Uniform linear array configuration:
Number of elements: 32
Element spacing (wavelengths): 1
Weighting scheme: exponential
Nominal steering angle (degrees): -45
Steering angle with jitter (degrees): -43.082
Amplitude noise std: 0.05
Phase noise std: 0.05

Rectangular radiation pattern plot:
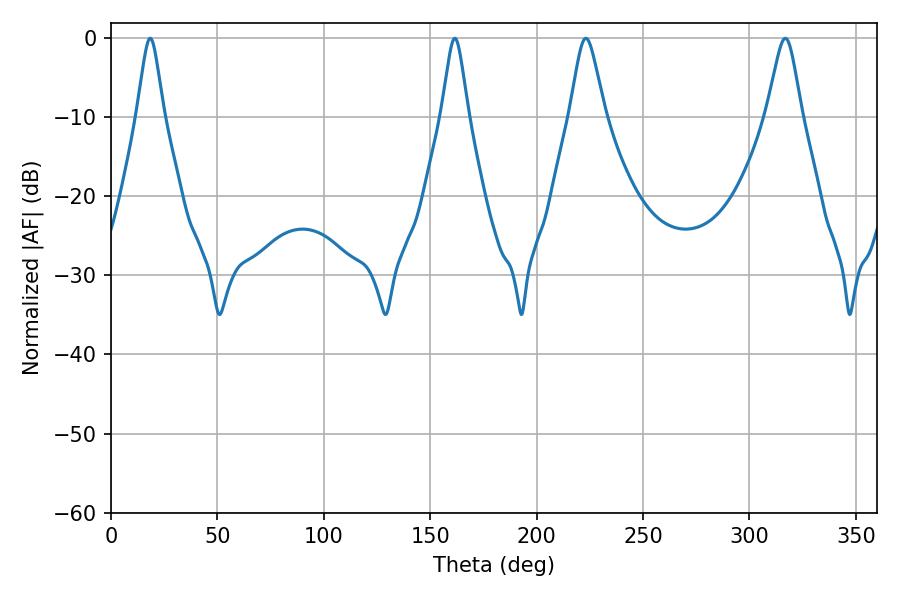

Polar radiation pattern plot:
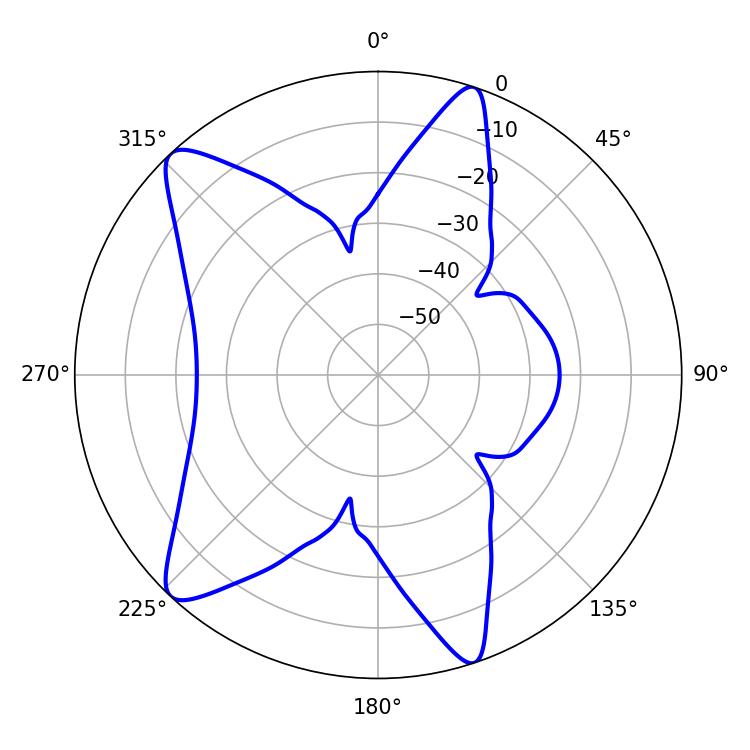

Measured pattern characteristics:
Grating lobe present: TRUE
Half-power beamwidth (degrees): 7.92
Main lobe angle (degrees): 316.8